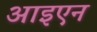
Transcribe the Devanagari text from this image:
आइएन